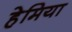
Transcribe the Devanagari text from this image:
हेमिया